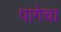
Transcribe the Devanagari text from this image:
पागेचा